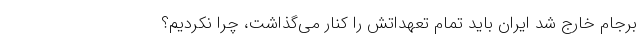
برجام خارج شد ایران باید تمام تعهداتش را کنار می‌گذاشت، چرا نکردیم؟